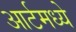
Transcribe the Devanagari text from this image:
आर्टमध्‍ये